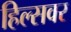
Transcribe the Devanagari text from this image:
हिल्सवर